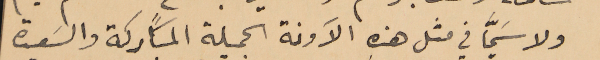
ولا سَيَّما في مثل هذه الآونة الجميلة المباركة والسَعيدة